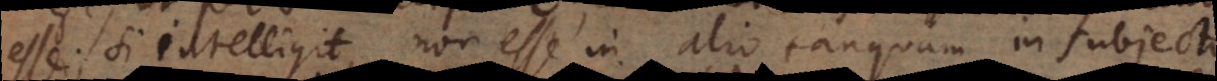
esse; si intelligit, non esse in alio tanquam in subjecto